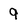
Character: 9